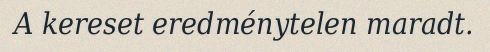
A kereset eredménytelen maradt.